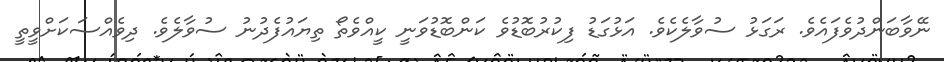
ނޭވާބަންދުވެފައެވެ. ރަގަޅު ސުވާލެކެވެ. އަޅުގަޑު ފިކުރުބޮޑުވެ ކަންބޮޑުވަނީ ކީއްވެތޯ ތިޔައުފެދުނު ސުވާލެވެ. ދިވެއްސަކަށްވީތީ